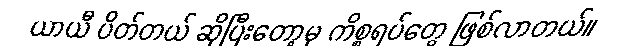
ယာယီ ပိတ်တယ် ဆိုပြီးတော့မှ ကိစ္စရပ်တွေ ဖြစ်လာတယ်။